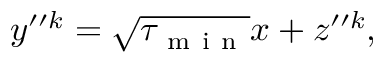
y ^ { \prime \prime k } = \sqrt { \tau _ { \mathrm { ~ m ~ i ~ n ~ } } } x + z ^ { \prime \prime k } ,